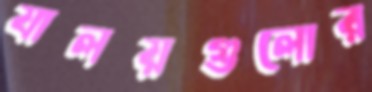
যালয়গুলোর